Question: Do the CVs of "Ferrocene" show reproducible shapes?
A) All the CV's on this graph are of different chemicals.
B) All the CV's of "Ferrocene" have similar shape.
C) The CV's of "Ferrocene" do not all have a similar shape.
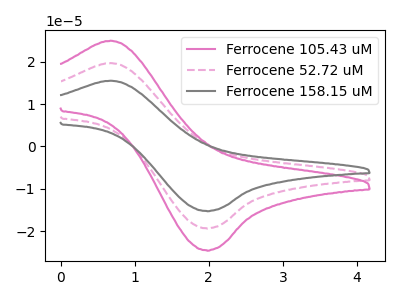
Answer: <think>The pink curve "Ferrocene 105.43 uM" has an anodic peak at (0.65V, 24.95uA) and a cathodic peak at (1.95V, -24.50uA). The pink dashed curve "Ferrocene 52.72 uM" has an anodic peak at (0.65V, 19.65uA) and a cathodic peak at (1.95V, -19.30uA). The gray curve "Ferrocene 158.15 uM" has an anodic peak at (0.65V, 39.30uA) and a cathodic peak at (1.95V, -38.60uA).
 All the peaks in "Ferrocene 105.43 uM" have a peak in "Ferrocene 52.72 uM" at the same potential. Every peak in "Ferrocene 105.43 uM" is higher than every peak in "Ferrocene 52.72 uM". All the peaks in "Ferrocene 105.43 uM" have a peak in "Ferrocene 158.15 uM" at the same potential. Every peak in "Ferrocene 105.43 uM" is lower than every peak in "Ferrocene 158.15 uM". All the peaks in "Ferrocene 52.72 uM" have a peak in "Ferrocene 158.15 uM" at the same potential. Every peak in "Ferrocene 52.72 uM" is lower than every peak in "Ferrocene 158.15 uM".</think>
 <answer>B) All the CV's of "Ferrocene" have similar shape.</answer>
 <eval>B</eval>